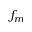
f _ { m }